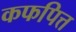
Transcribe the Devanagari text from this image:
कफपित्त